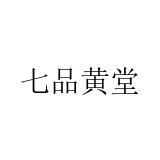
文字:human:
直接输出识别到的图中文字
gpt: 七品黄堂